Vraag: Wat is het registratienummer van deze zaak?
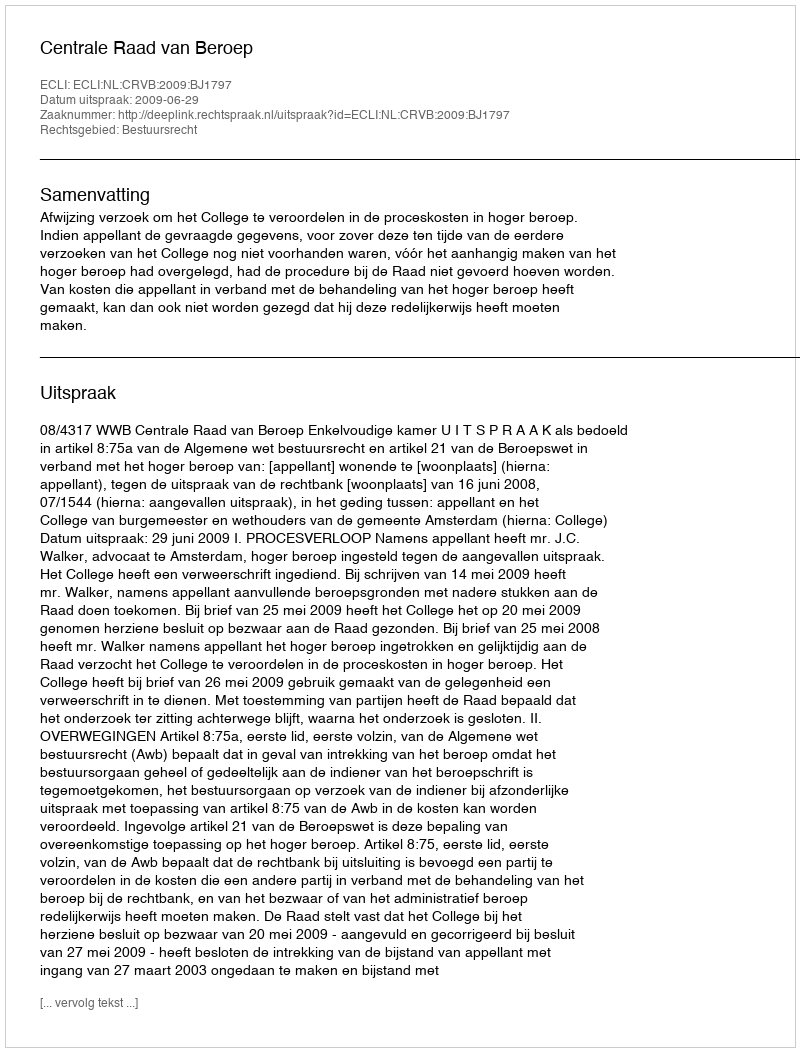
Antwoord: http://deeplink.rechtspraak.nl/uitspraak?id=ECLI:NL:CRVB:2009:BJ1797